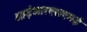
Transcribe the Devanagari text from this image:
आईआरएसएमई